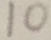
1 0